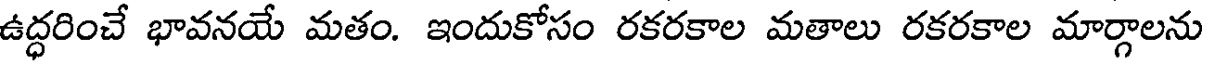
ఉద్ధరించే భావనయే మతం. ఇందుకోసం రకరకాల మతాలు రకరకాల మార్గాలను